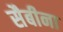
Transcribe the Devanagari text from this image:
सैबीना